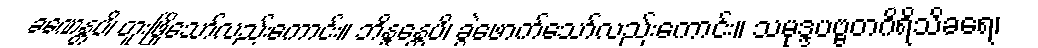
ခဏေန္တပိ၊ တူးဖြိုသော်လည်းကောင်း။ ဘိန္ဒန္တေပိ၊ ခွဲဖောက်သော်လည်းကောင်း။ သမုဒ္ဒပဗ္ဗတဂိရိသိခရေ၊